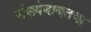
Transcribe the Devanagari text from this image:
संख्येबाबतचा